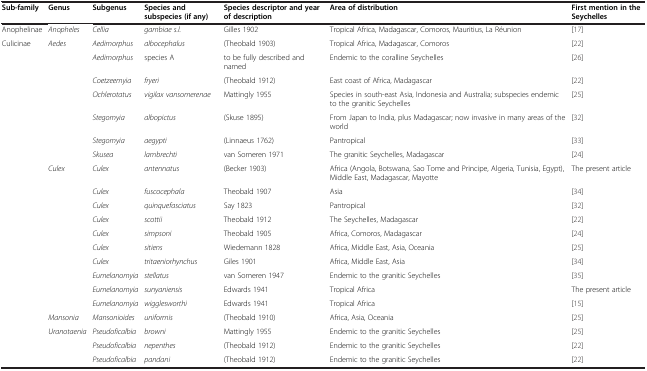
<table><thead><tr><td><b>Sub-family</b></td><td><b>Genus</b></td><td><b>Subgenus</b></td><td><b>Species and subspecies (if any)</b></td><td><b>Species descriptor and year of description</b></td><td><b>Area of distribution</b></td><td><b>First mention in the Seychelles</b></td></tr></thead><tbody><tr><td>Anophelinae</td><td><i>Anopheles</i></td><td><i>Cellia</i></td><td><i>gambiae s.l.</i></td><td>Gilles 1902</td><td>Tropical Africa, Madagascar, Comoros, Mauritius, La Réunion</td><td>[17]</td></tr><tr><td>Culicinae</td><td><i>Aedes</i></td><td><i>Aedimorphus</i></td><td><i>albocephalus</i></td><td>(Theobald 1903)</td><td>Tropical Africa, Madagascar, Comoros</td><td>[22]</td></tr><tr><td> </td><td> </td><td><i>Aedimorphus</i></td><td>species A</td><td>to be fully described and named</td><td>Endemic to the coralline Seychelles</td><td>[26]</td></tr><tr><td> </td><td> </td><td><i>Coetzeemyia</i></td><td><i>fryeri</i></td><td>(Theobald 1912)</td><td>East coast of Africa, Madagascar</td><td>[22]</td></tr><tr><td> </td><td> </td><td><i>Ochlerotatus</i></td><td><i>vigilax vansomerenae</i></td><td>Mattingly 1955</td><td>Species in south-east Asia, Indonesia and Australia; subspecies endemic to the granitic Seychelles</td><td>[25]</td></tr><tr><td> </td><td> </td><td><i>Stegomyia</i></td><td><i>albopictus</i></td><td>(Skuse 1895)</td><td>From Japan to India, plus Madagascar; now invasive in many areas of the world</td><td>[32]</td></tr><tr><td> </td><td> </td><td><i>Stegomyia</i></td><td><i>aegypti</i></td><td>(Linnaeus 1762)</td><td>Pantropical</td><td>[33]</td></tr><tr><td> </td><td> </td><td><i>Skusea</i></td><td><i>lambrechti</i></td><td>van Someren 1971</td><td>The granitic Seychelles, Madagascar</td><td>[24]</td></tr><tr><td> </td><td><i>Culex</i></td><td><i>Culex</i></td><td><i>antennatus</i></td><td>(Becker 1903)</td><td>Africa (Angola, Botswana, Sao Tome and Principe, Algeria, Tunisia, Egypt), Middle East, Madagascar, Mayotte</td><td>The present article</td></tr><tr><td> </td><td> </td><td><i>Culex</i></td><td><i>fuscocephala</i></td><td>Theobald 1907</td><td>Asia</td><td>[34]</td></tr><tr><td> </td><td> </td><td><i>Culex</i></td><td><i>quinquefasciatus</i></td><td>Say 1823</td><td>Pantropical</td><td>[32]</td></tr><tr><td> </td><td> </td><td><i>Culex</i></td><td><i>scottii</i></td><td>Theobald 1912</td><td>The Seychelles, Madagascar</td><td>[22]</td></tr><tr><td> </td><td> </td><td><i>Culex</i></td><td><i>simpsoni</i></td><td>Theobald 1905</td><td>Africa, Comoros, Madagascar</td><td>[24]</td></tr><tr><td> </td><td> </td><td><i>Culex</i></td><td><i>sitiens</i></td><td>Wiedemann 1828</td><td>Africa, Middle East, Asia, Oceania</td><td>[25]</td></tr><tr><td> </td><td> </td><td><i>Culex</i></td><td><i>tritaeniorhynchus</i></td><td>Giles 1901</td><td>Africa, Middle East, Asia</td><td>[34]</td></tr><tr><td> </td><td> </td><td><i>Eumelanomyia</i></td><td><i>stellatus</i></td><td>van Someren 1947</td><td>Endemic to the granitic Seychelles</td><td>[35]</td></tr><tr><td> </td><td> </td><td><i>Eumelanomyia</i></td><td><i>sunyaniensis</i></td><td>Edwards 1941</td><td>Tropical Africa</td><td>The present article</td></tr><tr><td> </td><td> </td><td><i>Eumelanomyia</i></td><td><i>wigglesworthi</i></td><td>Edwards 1941</td><td>Tropical Africa</td><td>[15]</td></tr><tr><td> </td><td><i>Mansonia</i></td><td><i>Mansonioides</i></td><td><i>uniformis</i></td><td>(Theobald 1910)</td><td>Africa, Asia, Oceania</td><td>[25]</td></tr><tr><td> </td><td><i>Uranotaenia</i></td><td><i>Pseudoficalbia</i></td><td><i>browni</i></td><td>Mattingly 1955</td><td>Endemic to the granitic Seychelles</td><td>[25]</td></tr><tr><td> </td><td> </td><td><i>Pseudoficalbia</i></td><td><i>nepenthes</i></td><td>(Theobald 1912)</td><td>Endemic to the granitic Seychelles</td><td>[22]</td></tr><tr><td> </td><td> </td><td><i>Pseudoficalbia</i></td><td><i>pandani</i></td><td>(Theobald 1912)</td><td>Endemic to the granitic Seychelles</td><td>[22]</td></tr></tbody></table>